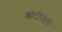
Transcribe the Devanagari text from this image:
बोटीसेली